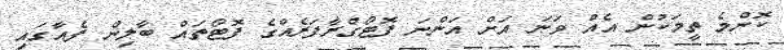
ކޮންމެ ތީމަކުން އެއް ވަނަ އަށް އަންނަ ފޮޓޯގްރާފަރެއްގެ ފޮޓޯތައް ބާލިން ފެއާގައި